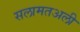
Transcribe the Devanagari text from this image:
सलामतअली